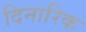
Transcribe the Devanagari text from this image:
दिनारिक